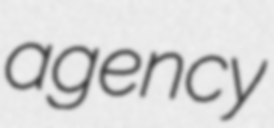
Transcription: agency